Scientific memoirs by medical officers of the Army of India - Part IX,
Year: 1895
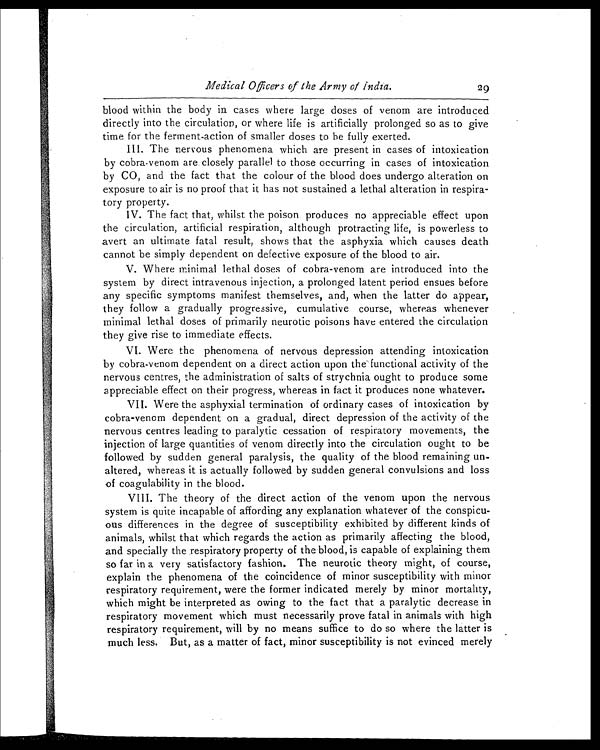
Medical Officers of the Army of India.
29
blood within the body in cases where large doses of venom are introduced
directly into the circulation, or where life is artificially prolonged so as to give
time for the ferment-action of smaller doses to he fully exerted.
III. The nervous phenomena which are present in cases of intoxication
by cobra-venom are closely parallel to those occurring in cases of intoxication
by CO, and the fact that the colour of the blood does undergo alteration on
exposure to air is no proof that it has not sustained a lethal alteration in respira-
tory property.
IV. The fact that, whilst the poison produces no appreciable effect upon
the circulation, artificial respiration, although protracting life, is powerless to
avert an ultimate fatal result, shows that the asphyxia which causes death
cannot be simply dependent on defective exposure of the blood to air.
V. Where minimal lethal doses of cobra-venom are introduced into the
system by direct intravenous injection, a prolonged latent period ensues before
any specific symptoms manifest themselves, and, when the latter do appear,
they follow a gradually progressive, cumulative course, whereas whenever
minimal lethal doses of primarily neurotic poisons have entered the circulation
they give rise to immediate effects.
VI. Were the phenomena of nervous depression attending intoxication
by cobra-venom dependent on a direct action upon the functional activity of the
nervous centres, the administration of salts of strychnia ought to produce some
appreciable effect on their progress, whereas in fact it produces none whatever.
VII. Were the asphyxial termination of ordinary cases of intoxication by
cobra-venom dependent on a gradual, direct depression of the activity of the
nervous centres leading to paralytic cessation of respiratory movements, the
injection of large quantities of venom directly into the circulation ought to be
followed by sudden general paralysis, the quality of the blood remaining un-
altered, whereas it is actually followed by sudden general convulsions and loss
of coagulability in the blood.
VIII. The theory of the direct action of the venom upon the nervous
system is quite incapable of affording any explanation whatever of the conspicu-
ous differences in the degree of susceptibility exhibited by different kinds of
animals, whilst that which regards the action as primarily affecting the blood,
and specially the respiratory property of the blood, is capable of explaining them
so far in a very satisfactory fashion. The neurotic theory might, of course,
explain the phenomena of the coincidence of minor susceptibility with minor
respiratory requirement, were the former indicated merely by minor mortality,
which might be interpreted as owing to the fact that a paralytic decrease in
respiratory movement which must necessarily prove fatal in animals with high
respiratory requirement, will by no means suffice to do so where the latter is
much less. But, as a matter of fact, minor susceptibility is not evinced merely